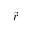
\vec { r }